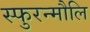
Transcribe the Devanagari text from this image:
स्फुरन्मौलि